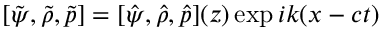
[ \tilde { \psi } , \tilde { \rho } , \tilde { p } ] = [ \hat { \psi } , \hat { \rho } , \hat { p } ] ( z ) \exp i k ( x - c t )